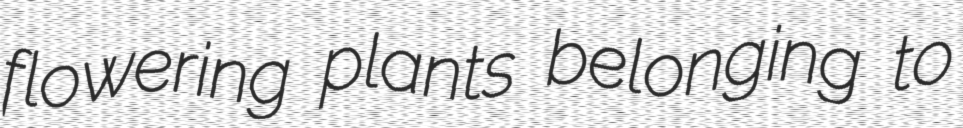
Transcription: flowering plants belonging to